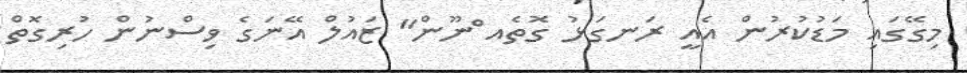
މިގޭގައި މަޑުކުރުން އެއީ ރަނގަޅު ގޮތެއ ްނޫން" ޒައުލް އޭނަގެ ވިސްނުން ހުރިގޮތް